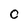
Character: C